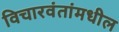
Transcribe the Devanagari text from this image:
विचारवंतांमधील